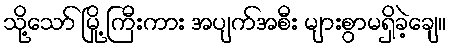
သို့သော် မြို့ ကြီးကား အပျက်အစီး များစွာမရှိခဲ့ချေ။